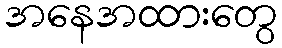
အနေအထားတွေ